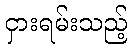
ငှားရမ်းသည့်